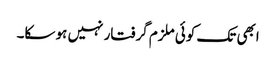
ابھی تک کوئی ملزم گرفتار نہیں ہو سکا۔